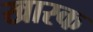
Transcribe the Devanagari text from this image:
खारक